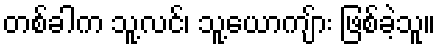
တစ်ခါက သူ့လင်၊ သူ့ယောကျ်ား ဖြစ်ခဲ့သူ။